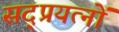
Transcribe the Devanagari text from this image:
सद्प्रयत्नों